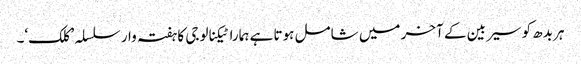
ہر بدھ کو سیربین کے آخر میں شامل ہوتا ہے ہمارا ٹیکنالوجی کا ہفتہ وار سلسلہ ’کلک‘۔